Alphabetical list of drugs, medicines and other preparations free from, and containing, spirit compiled from the results of tests made by the customs houses at Calcutta, Bombay, and Madras
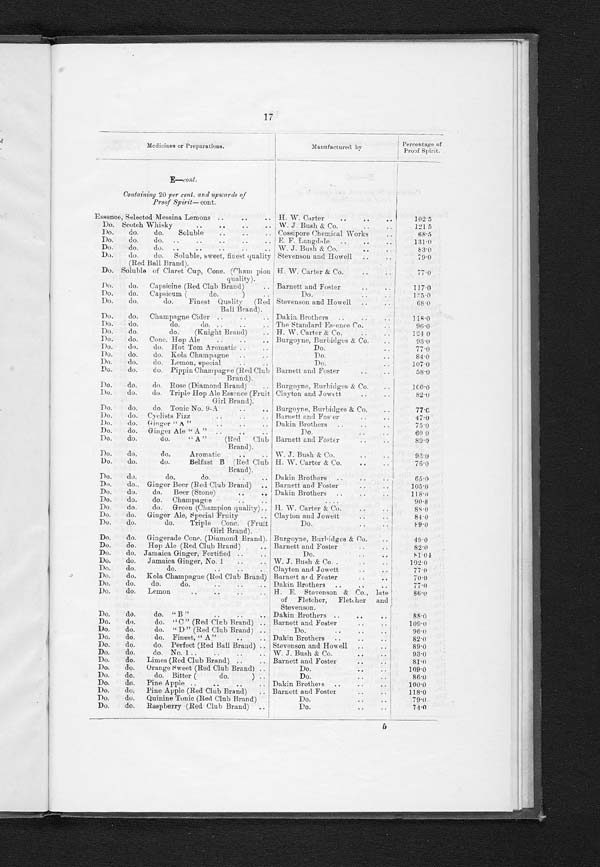
Medicines or Preparations.
Manufactured by
Percentage of
Proof Spirit.
C—cont.
Containing 20 per cent. and upwards of
Proof Spirit—cont.
Cherry Juice
..
..
..
..
.. ..
Stevenson and Howell
..
2 9 . 6
Children's Panacea
..
..
..
.. Graffenburg & Co.
..
28.4
China Fernet Remy
. .
. .
. .
. . G. A. Fabris & Co.
..
..
6 0 . 7
Do. Serravallo Ferruginosa
..
..
.. Dr. Serravallo
.. ..
..
31.8
Chinchona, Yellow Infusion ..
..
..
.. Herrings & Co.
..
..
..
72.87
Chionia ..
..
..
..
..
..
.. Peacock Chemical Co.
..
..
25.0
Cholagogne, India
..
..
..
..
.. Osgood's
..
..
..
..
2 5 . 5 2
Chlorodyne
..
..
..
.. Ferris & Co.
..
. . . .
35.0
Cholera Antidote, Shikari's ..
..
..
..
. . . .
85.0
Do.
Cordial
..
.... Mrs. Kidder
. . .. ..
37.0
Do.
Remedy
..
..
..
..
.. Dr. Hamlins
..
56.5
Cholic Cholera and Diarrhoea Remedy
..
.. Chamberlain
..
....
122.0
Cleanser, blood .. . .
. .
. .
. . F. Stearns & Co. ..
..
26.2
Coca Bitters
..
..
..
...
..
.. Hartung Kantorowiez
..
..
89.5
Do. Tonic Champagne
. .
. .
. .
. . Lambert Perrien & Co. ..
..
111.68
Do. Tonic, Othniel Brand
..
..
..
.. H. G. Stevenson, Successor to the
33.0
Export business of Fletcher,
Fletcher, and Stevenson.
Coca-Vin (Stearn's Wine of Coca) ..
.. F. Stearns & Co. ..
33.0
Do. Wine
..
..
..
..
..
, .
Do.
..
..
..
33.61
Do. do.
..
..
..
..
. . Armbrecht Nelson & Co ..
..
26.6
Do. do.
. .
. .
. .
. .
. .
. , Army and Navy Co-operative
35. 0
Society (Limited).
Coca Wine
..
..
..
..
..
..
31.61
Cocoa do.
..
.. ..
..
..
..
Savor's
. .
. .
. .
. .
38.8
Do. do.
Malaga ..
..
. .
. .
. . Armbrecht ..
..
..
. .
30.45
Do. do.
Port
..
..
..
..
..
Do.
..
..
..
..
28.13
Do. do.
..
..
..
..
.. Hall
..
. .
. .
30.0
Do. do.
Holloway's
..
..
..
.. Holloway's Coca Wine Co.
..
28.0
Do. do.
..
..
..
..
..
D o . d o .
Riker
..
..
..
.. F . S t e a r n s & C o . . . . . . . . . .
31.8
2 4 . 0
Cochineal Extract
..
..
..
..
.. Army and Navy Co-operative
40.0
Society (Limited).
Cocktail Bitters
... .
..
..
..
Kalisayne ..
..
..
. .
57.2
Cognac Brown ..
..
..
..
. . Bush & Co...
..
.. ..
80.7
Coleman's Wincaruis or Liebig's Extract of Meat Army and Navy Co-operative
29.0 (to be classed
and Malt Wine.
Society (Limited).
as wine).
Collodion, Photographic
..
..
..
..
....
118.4
Do.
Flexible
..
..
..
..
..
....
36.44
Colouring
. .
..
..
. .
. .
. . Invoice from Alexandre & Co.,
88.1
France.
Colouring Matter
..
. .
. .
.. ..
Zietz and Jahn
..
..
.. 35.0
Compound, Concentrated, Double Strength, for the Barnett and Foster
..
...
28.0
manufacture of Stone Ginger Beer.
Do.
Cordial of Blackberry and Jamaica F. Stearns & Co. ..
..
..
70.6
Ginger.
Do.
Fluid Extract of Cis Sampelo Pareira. Davis
..
..
..
..
38.4
or Pareira Brava and Buchu.
Do.
Fluid Extract of Buchu ... .
.. F. Stearns & Co. ..
. .
. .
58.0
Do
for.preparing Ginger Ale Syrup
.. Imported by Messrs. Phillips & Co.
25.3
Do.
do.
do.
Ginger Beer Syrup
..
Do.
do.
27.0
Do.
do.
do.
Lemonade Syrup
Do.
do.
32.7
Do.
do.
do.
Raspberryade Syrup
..
Do.
do.
21.4
Concentrated Compound for making Ginger Beer .. Barnett and Foster
..
..
22.47
Do.
do.
Gingerade
..
Do.
do.
..
. .
24.5
Do.
do.
Gingerale
..
Do.
do.
..
. .
23.4
Do.
do.
Hop Ale
..
Do.
do.
..
..
32.3
Do.
do.
Hot, Tom
..
Do.
do.
. .
28.0
Consumptive Balm. .
..
.. Graffenburg & Co.
..
..
42.3
Cordial, Blackberry
....
..
..
.. F. Stearns & Co. ..
..
..
68.44
Do. Hop. ..
..
. .
. .
. .
. .
Do.
..
..
31.6
Cordovan Aperitif Ideal..
..
Corn Solvent.. William Toogwodd
. .
. .
20.9
Cough Syrup ..
..
..
. .
. .
. . West
..
..
..
..
21.8
Do...
..
..
..
.. Davis and Miller ..
..
..
46.42
Cough Elixir
. . . .
..
. . . .
. .
..
..
Crosby's ..
. .
24.68